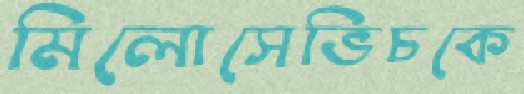
মিলোসেভিচকে